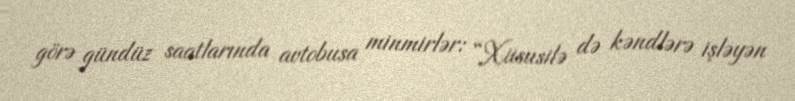
görə gündüz saatlarında avtobusa minmirlər: “Xüsusilə də kəndlərə işləyən